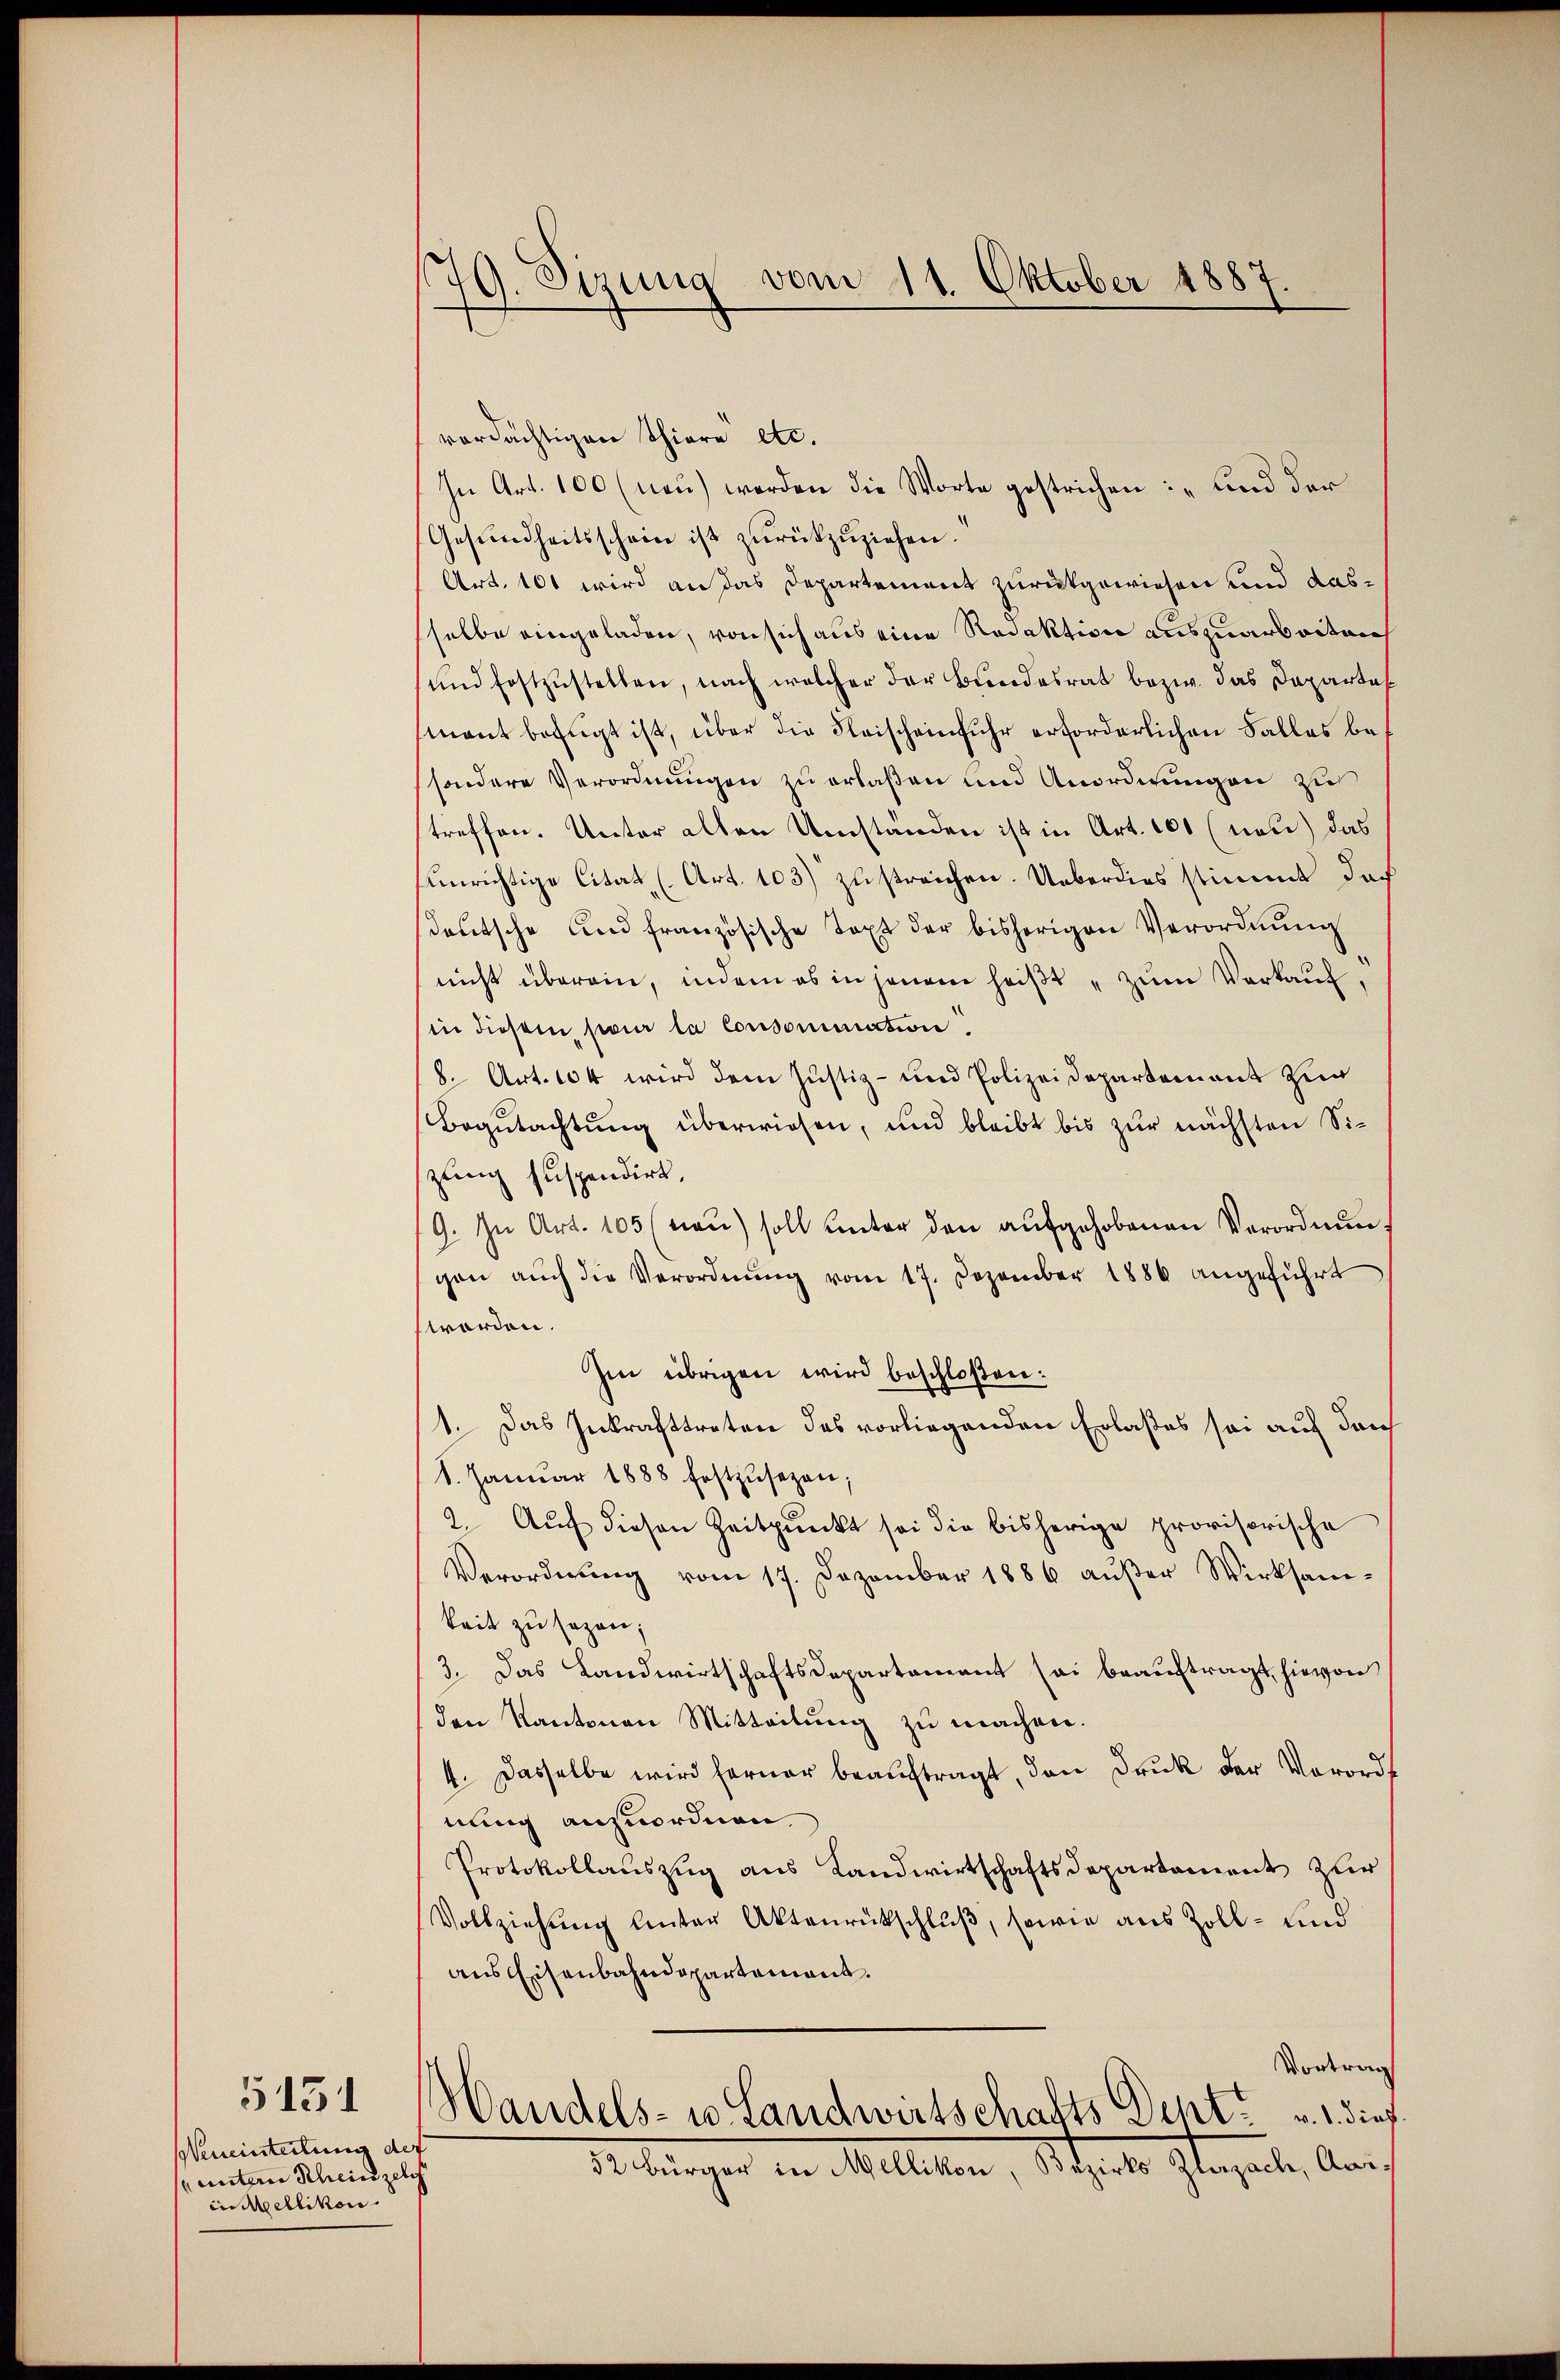
Weneinteilung der
p unterer Scheinzeln
in Mellikon.

5131

179. Sizung vom 11. Oktober 1887.

verdächtigen Thiere etc.
In Art. 100 (nau) werden die Worte gestrichen: „und der
Gesundheitsschein ist zŭrückzuziehen.
Art. 101 wird an das Departement zurückgewiesen und dasselbe eingeladen, von sich aus eine Redaktion auszuarbeiten
und festzŭstellen, nach welcher der Bundesrat bezw. das Departax
mant befugt ist, über die Fleischeinfuhr erforderlichen Falles besondere Verordnungen zu erlaßen und Anordnungen zu
treffen. Unter alten Umstanden ist in Art. 100 (non) das
unrichtige Citat (Art. 103) zu streichen. Ueberdies stimmt doch
sdeutsche und französische Text der bisherigen Verordnŭng
nicht überein, indem es in jenem heiβt " zŭm Verkaŭf,
in diesem pour la Consomination.
8. Art. 104 wird dem Justiz- und Polizeidepartement zur
Begutachtung überwiesen, und bleibt bis zur nächsten Sizung suspendirt.
19. In Art. 105 (naŭ) soll unter den aŭfgehobenen Verordnungen auch die Verordnŭng vom 17. Dezember 1886 angeführt
worden.
Im übrigen wird beschloßen:
1. Das Inkrafttreten des vorliegenden Erlaßes sei auf dan
8. Januar 1888 festzŭsezen;
2. Aŭf diesen Zeitpunkt sei die bisherige provisorische
Verordnŭng vom 17. Dezember 1886 aŭβer Wirksam-
keit zu sagen;
3. Das Landwirtschaftsdepartement sei beauftragt, hievon
den Kantonen Mitteilung zu machen.
4. Dasselbe wird ferner beauftragt, den Druk der Verordnung anzuordnen.
Protokollauszug aus Landwirtschaftsdepartement zur
Vollziehŭng unter Aktenrückschluß, sowie aus Zoll- und
aus Eisenbahndepartement.
Vortrag
Handels- u. Landwirtschafts Dent v. 1. dies
52 Bürger in Mellikon, Bezirks Zlazach, Aar¬